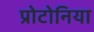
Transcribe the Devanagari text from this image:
प्रोटोनिया